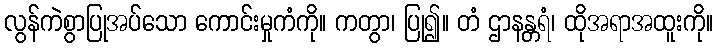
လွန်ကဲစွာပြုအပ်သော ကောင်းမှုကံကို။ ကတွာ၊ ပြု၍။ တံ ဌာနန္တရံ၊ ထိုအရာအထူးကို။